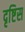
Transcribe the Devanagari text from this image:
दृष्टिस